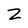
Character: Z